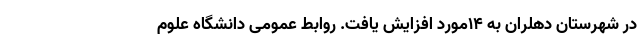
در شهرستان دهلران به ۱۴مورد افزایش یافت. روابط عمومی دانشگاه علوم